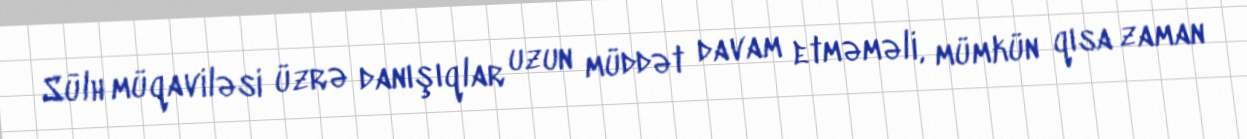
Sülh müqaviləsi üzrə danışıqlar uzun müddət davam etməməli, mümkün qısa zaman